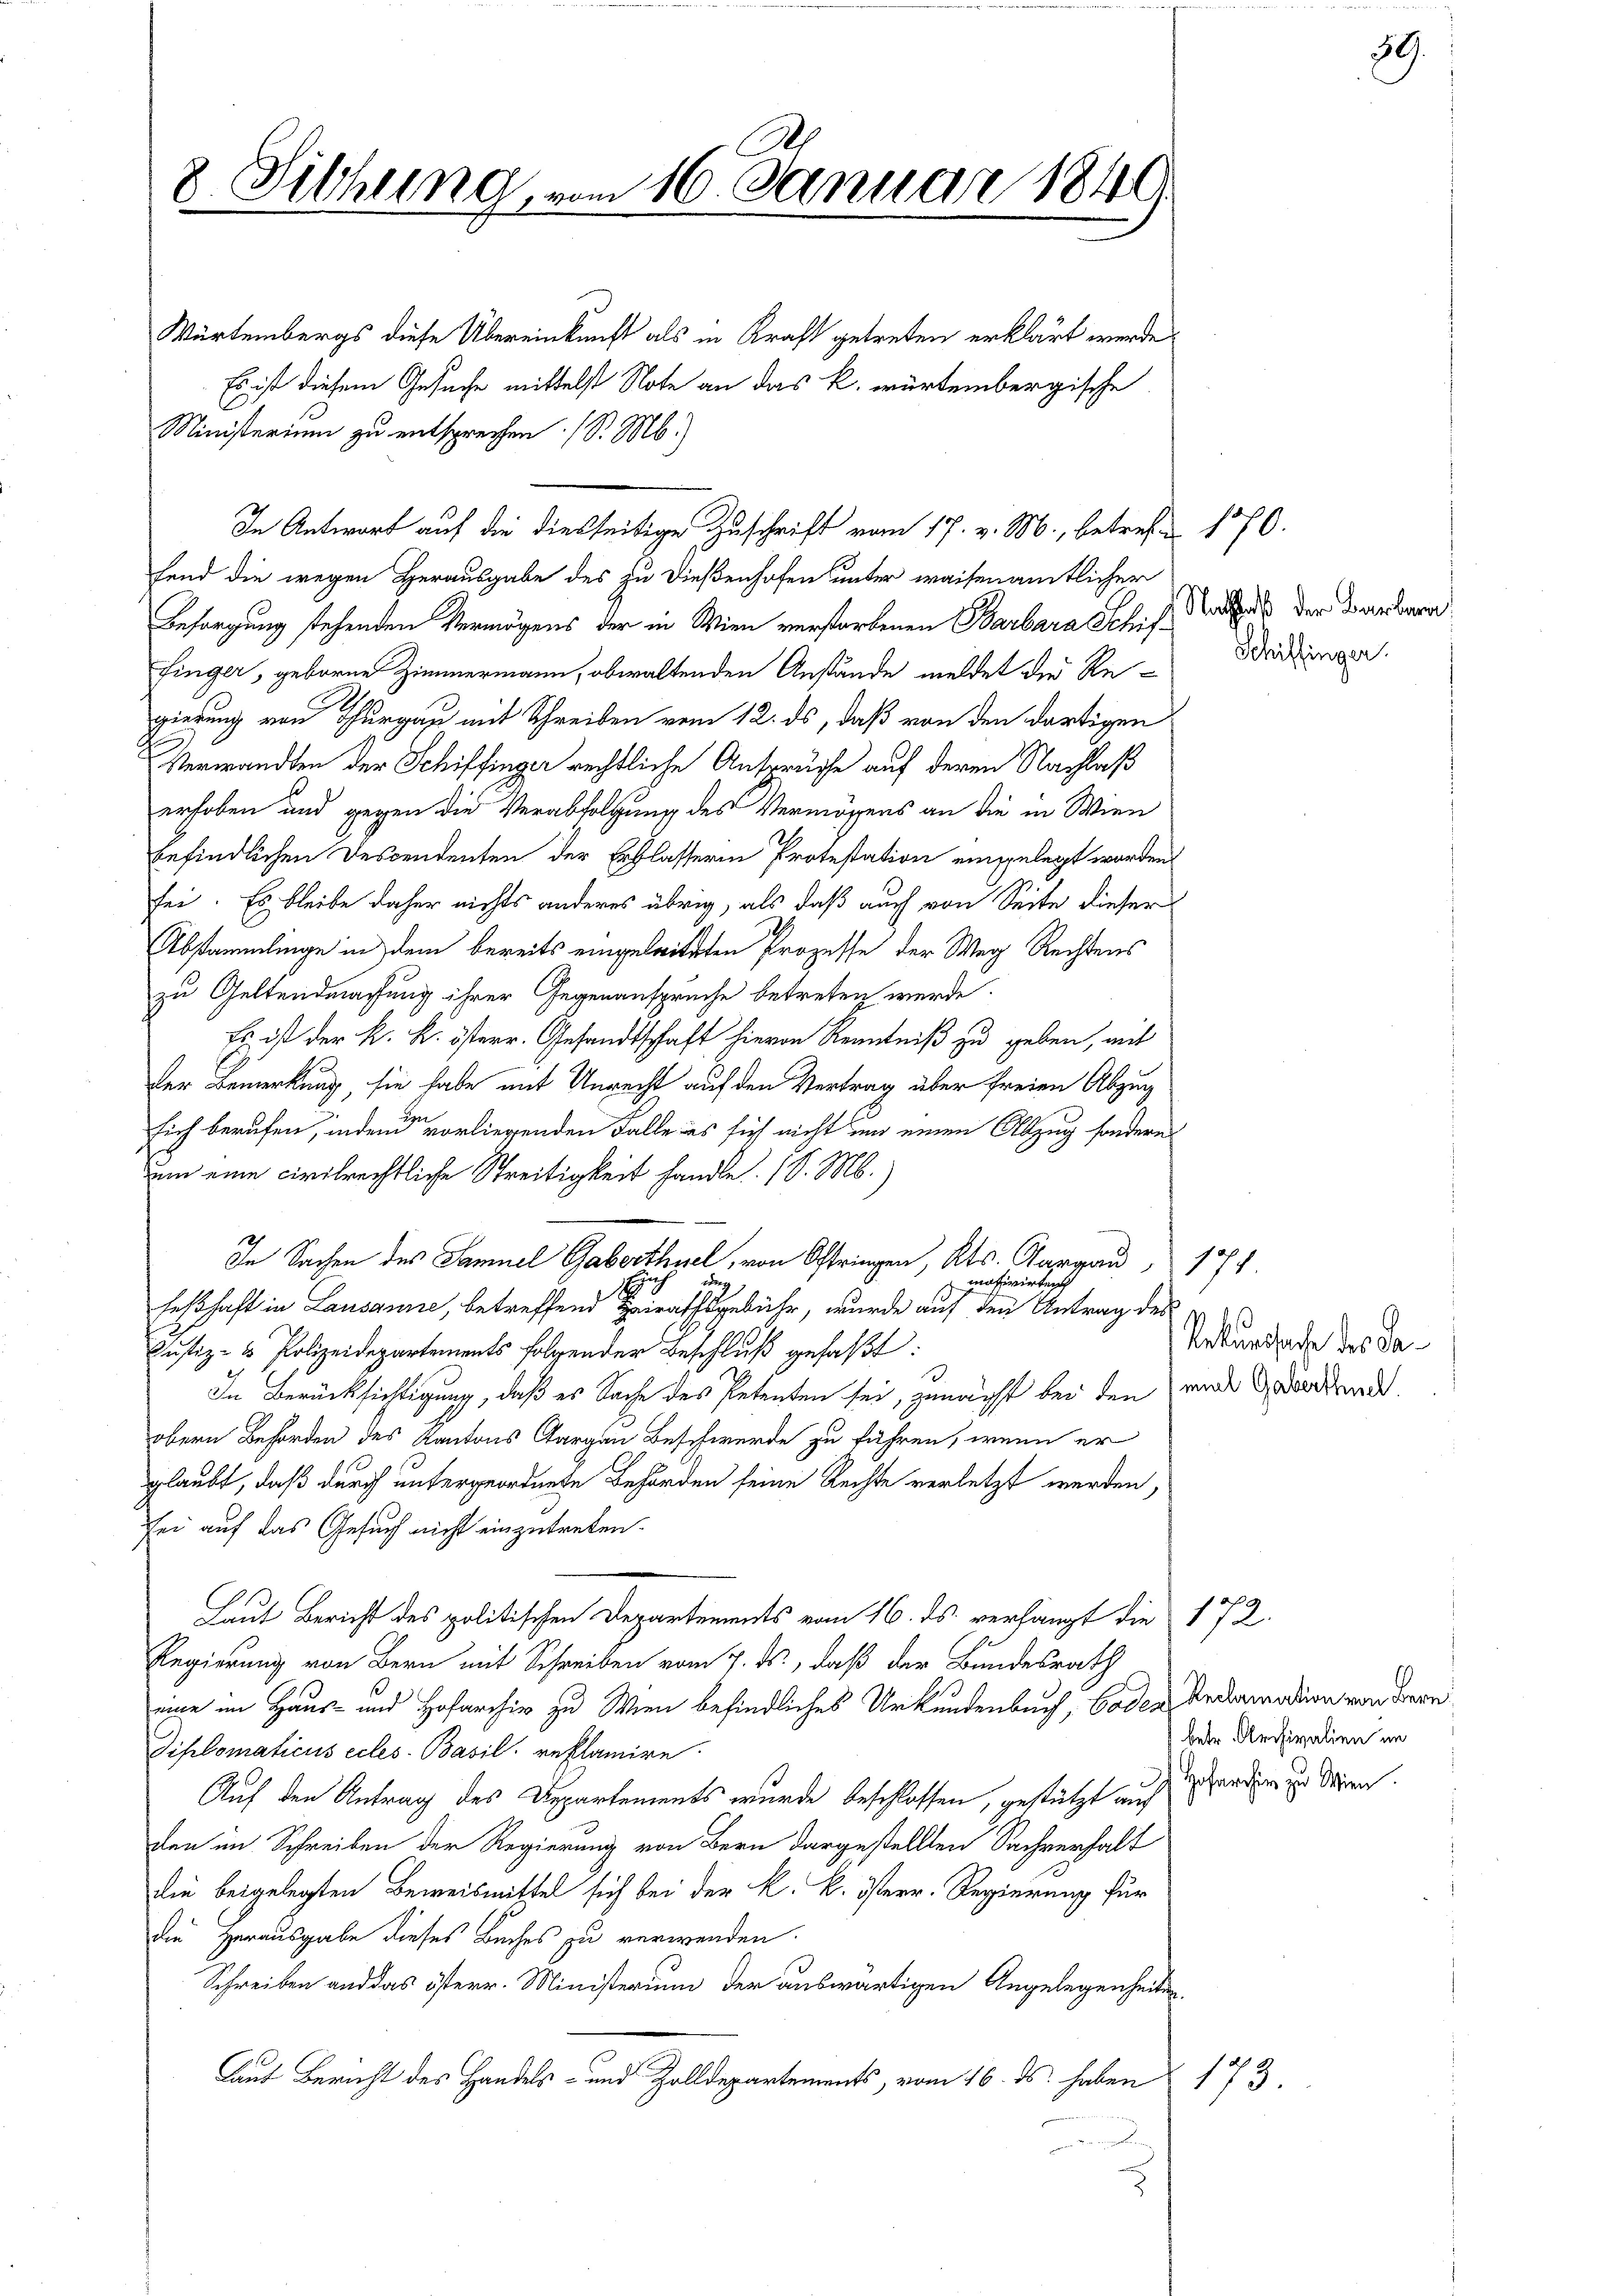
1
8 Sitzung vom 16. Januar 1849
e

Ministerium zu entsprechen (S. M.)
In Antwort auf die diesseitige Zuschrift vom 17. v. M., betreffen 170.

Würtembergs diese Übereinkunft als in Kraft getreten erklärt werde,
Es ist diesem Gesuche mittelst Note an das k. würtembergische
fend die wegen Herausgabe des zu dießenhofen unter waisenamtlicher
Besorgung stehenden Vermögens der in Wien verstorbenen Barbara Schiffinger, geboren Zimmermann, obwaltenden Anstände meldet der Regierung von Thurgau mit Schreiben vom 12. ds, daß von den dortigen
Verwandten der Schiffinger rechtliche Ansprüche auf deren Nachlaß
erhoben und gegen die Verabfolgung des Vermögens an die in Wien
befindlichen Descendenten der Erblasseren Protestation eingelegt worden
sei. Es bleibe daher nichts anderes übrig, als daß auch von Seite dieser
Abstammlinge in dem bereits eingeleiteten Prozesse der Weg Rechtens
zu Geltendmachung ihrer Gegenansprüche betreten werde.
Es ist der k. k. österr. Gesandtschaft hievon Kenntniß zu geben, mit
der Bemerkung, sie habe mit Unrecht auf den Vertrag über freien Abzug
sich berufen, indem vorliegenden Falle es sich nicht und einen Abzug sondern
uum eine civilrechtliche Streitigkeit handle. (S. M.)
In Sachen des Samuel aber vorgen, Kts. Aargau 171
u
 motivirten
3
feßhaft in Lausanne, betreffend Heiratsgebühr, wurde auf den Antrag des
Justiz- & Polizeidepartements folgender Beschluß gefaßt:
In Berücksichtigung, daß es Sache des Petenten sei, zumacht bei den und ordend.
obern Behörden des Kantons Aargau Beschwerde zu führen, wenn er
glaubt, daß durch untergeordnete Behörden seine Rechte verletzt werden,
sei auf das Gesuch nicht einzutreten.
Laut Bericht des politischen Departements vom 16. ds. verhängt die 172.
Regierung von Bern mit Schreiben vom 7. ds., daß der Bundesrath
eine im Haus- und Hofarchiv zu Wien befindliches Urkundenbuch, Coden Redamation von dere
Diplomaticus ecles Basil. reklamire.
Auf den Antrag des Departements wurde beschlossen, gestützt auf anden zu diren.
den im Schreiben der Regierung von Bern dargestellten Sachverhalt
die beigelegten Beweismittel sich bei der k. k. österr. Regierung für
die Herausgabe dieses Buches zu verwenden.
Schreiben und das österr. Ministerium der auswärtigen Angelegenheiten
Laut Bericht des Handels- und Zolldepartements, vom 16. ds. haben 173.

Nachlaß der Barbara
Schiffinger.

Rekursache des Sa¬

betr. Archivalien im

3